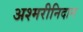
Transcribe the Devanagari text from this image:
अश्मरीनिदान